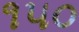
૧૫૦